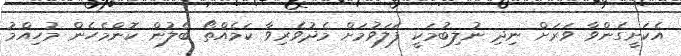
އެކަށީގެންވާ ވަރަށް ނިދި ނުލިބުމަކީ ފަލަވުމަށް މެދުވެރިވާ ކަމެއްތޯ ބެލުން ކޮންމެހެން މުހިއްމު